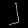
Digit: ၂